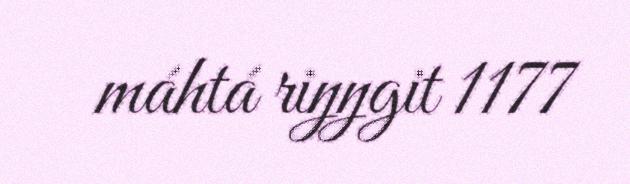
máhtá riŋŋgit 1177